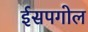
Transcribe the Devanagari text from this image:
ईसपगोल